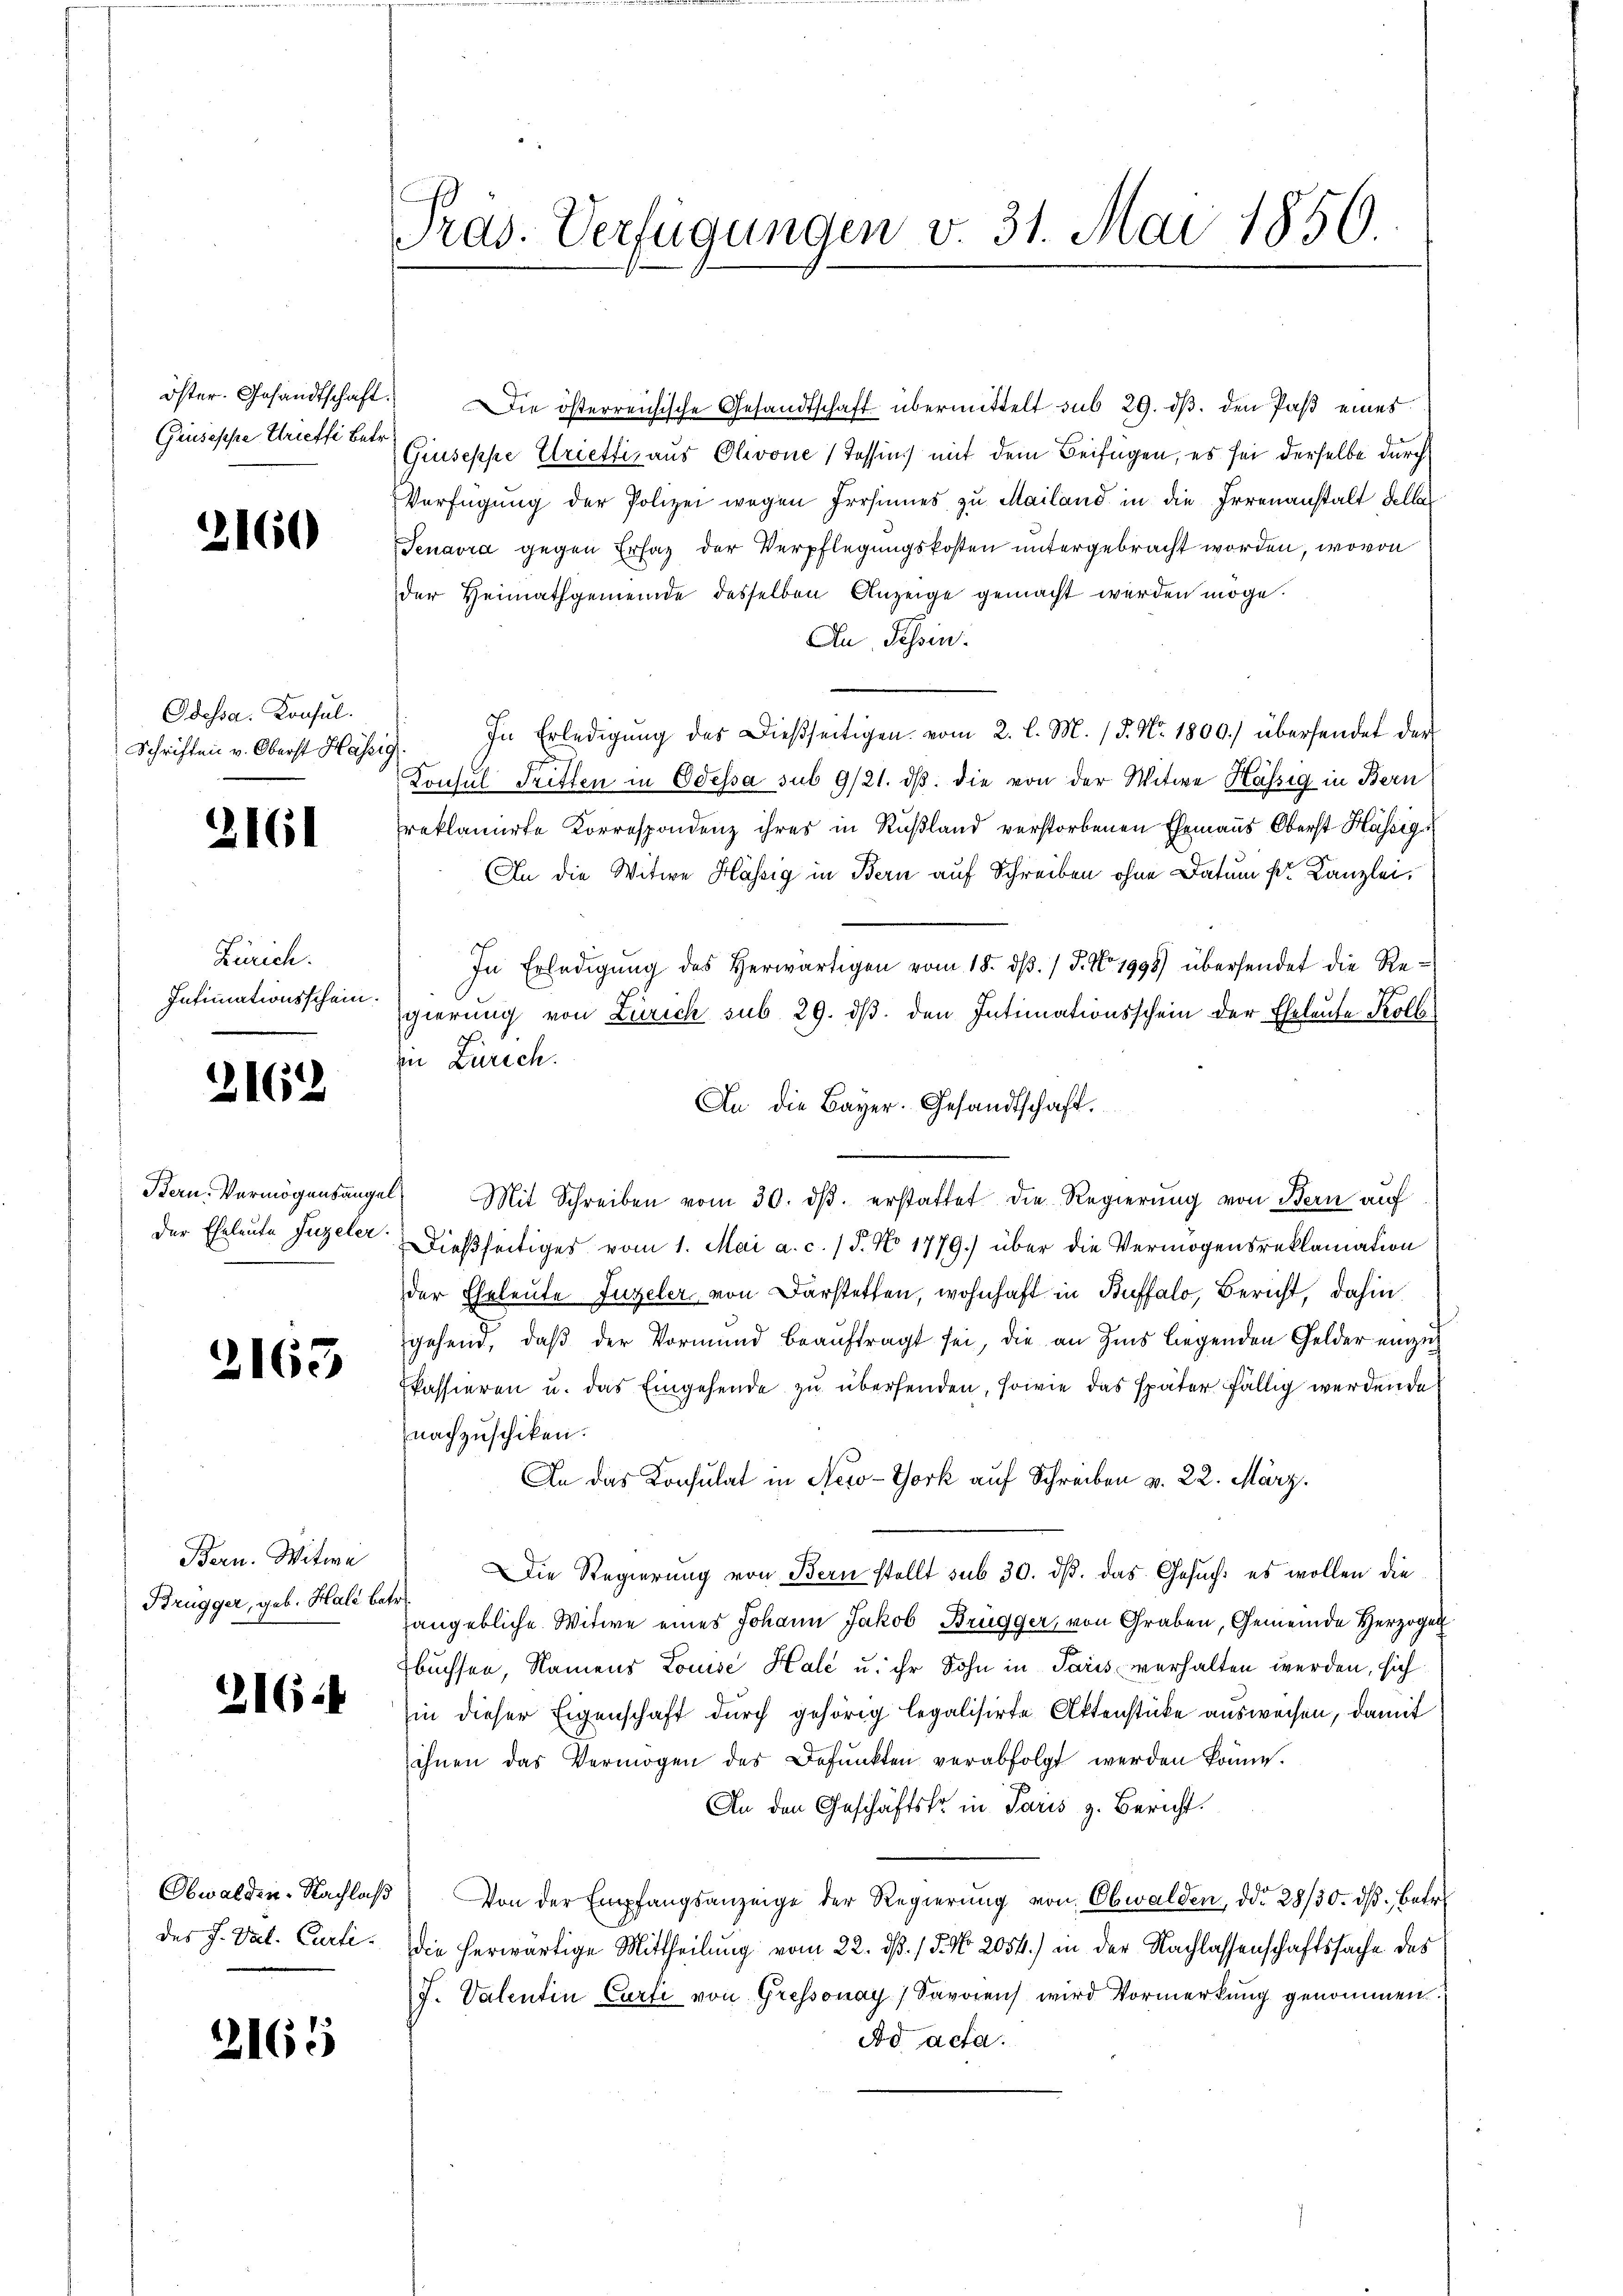
öster. Gesandtschaft.
Gruseppe Brieffi Betr

2160

Odessa. Konsul
Schriften v. Oberst Hasse

2161

Zürich.
Intimationsschein.

2162

der Eheleute Juzeler.

2163

Bern. Witwe
Brugger, geb. Hall betr.

2164

Obwalden. Nachlaß
des H. Vat. Curti

2165

Präs. Verfügungen v. 31. Mai 1850.

Die österreichische Gesandtschaft übermittelt sub 29. ds. den Paß eines
Giuseppe Crietti, aus Olivone (Tessin mit dem Beifügen, es sei derselbe durch
Verfügung der Polizei wegen Irrsinnes zu Mailand in die Irrenanstalt Felle
Tenavra gegen Erfaz der Verpflegungskosten untergebracht worden, wovon
der Heimathgemeinde desselben Anzeige gemacht werden möge.
An Tessin.
i. In Erledigŭng des Dießseitigen vom 2. l. M. /5. No. 1800.) übersendet der
Konsul Triften in Odessa sub 9/21. dβ die von der Witwe Hässig in Bern
reklamierte Korrespondenz ihres in Rußland verstorbenen Ehemanns Oberst Hässig
An die Witwe Hässig in Bern auf Schreiben ohne Datum pr. Kanzlei,
In Erledigŭng des herwärtigen vom 18. dβ. / 5. No. 1998) übersendet die Re-
gierung von Zürich sub 29. ds. den Intimationsschein der Eheleute Koll
in Zürich.
An die Bayer. Gesandtschaft.
Bern. Vermögensangel, Mit Schreiben vom 30. dβ. erstattet die Regierŭng von Bern auf
Dießseitiges vom 1. Mai a. c. / 5. No 1779.) über die Vermögensreklamation
der Eheleute Juzeler von Darstetten, wohnhaft in Buffalo, Bericht, dahin
gehend, daß der Vormund beauftragt sei, die an Zins liegenden Gelder einzig
Pkassieren u. das Eingehende zu übersenden, sowie das später fällig werdende
nachzuschiken.
An das Konsulat in New-York auf Schreiben v. 22. März.
ie Regierŭng von Bern stellt sub 30. dβ. das Gesuch: es wollen die
angebliche Witwe eines Johann Jakob Brügger, von Graben, Gemeinde Herzogen
buchsen, Namens Louise Hale u. ihr Sohn in Paris verhalten werden, sich
in dieser Eigenschaft durch gehörig legalisirte Aktenstücke ausweisen, damit
ihnen das Vermögen des Befŭnkten verabfolgt werden könne.
An den Geschäftsko in Paris z. Bericht.
Von der Empfangsanzeige der Regierŭng von Obwalden, ddo 28/30. dβ. Betr.
die herwärtige Mittheilung vom 22. dß. / 5. No. 2054.) in der Nachlassenschaftssache des
J. Valentin Curti von Gressonay / Savoiens wird Vormerkung genommen.
Ad acta.